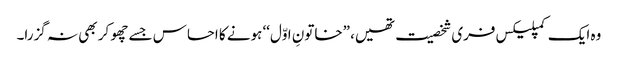
وہ ایک کمپلیکس فری شخصیت تھیں، ”خاتونِ اوّل‘‘ ہونے کا احساس جسے چھو کر بھی نہ گزرا۔